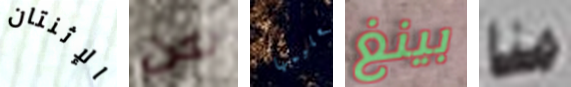
الإثنتان لكن تعليمها بينغ منا